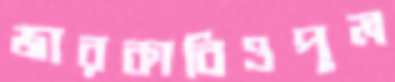
জারকাবিওপুল